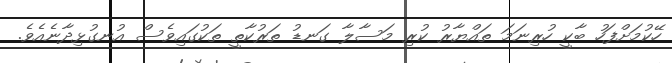
ހޭކުމަށްފަހު ބާކީ ހުރިނަމަ ތައްޔާރު ކުރި މަސާލާ ގަނޑު ތަރުކާތީ ތަކުގައިވެސް އުނގުޅިދާނެއެވެ.